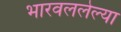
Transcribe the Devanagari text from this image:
भारवललेल्या